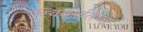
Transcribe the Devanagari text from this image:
स्विटर्जलैण्ड